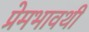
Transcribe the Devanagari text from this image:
प्रेमभावथी